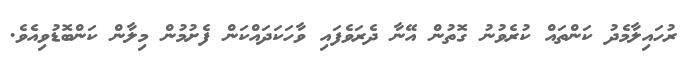
ރުހައިލާމެދު ކަންތައް ކުރެވުނު ގޮތުން އޭނާ ދެރަވެފައި ވާހަކަދައްކަން ފެށުމުން މިލާން ކަންބޮޑުވިއެވެ.